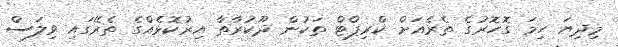
މިދިޔަ ހިމަ ގޮހޮރުގެ ތެރެއަށް ކްރިޕްޓް ތަކުން ދޫކުރާތާ އިރުކޮޅެއްގެ ތެރޭގައި ވިލަސް